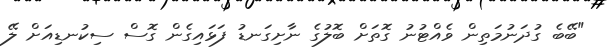
"ބޭބެ ގުދަނުމަތިން ވެއްޓުނު ގޮތަށް ބޮލުގެ ނާށިގަނޑު ފަޅައިގެން ގޮސް ސިކުނޑިއަށް ލޭ